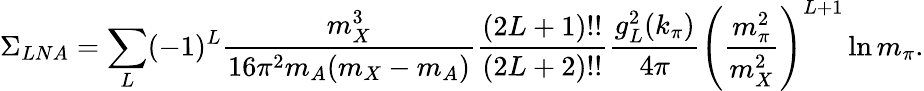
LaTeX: \Sigma_{LNA}=\sum_{L}(-1)^{L}{\frac{m_{X}^{3}}{16\pi^{2}m_{A}(m_{X}-m_{A})}}{\frac{(2L+1)!!}{(2L+2)!!}}{\frac{g_{L}^{2}(k_{\pi})}{4\pi}}\left({\frac{m_{\pi}^{2}}{m_{X}^{2}}}\right)^{L+1}\ln m_{\pi}.